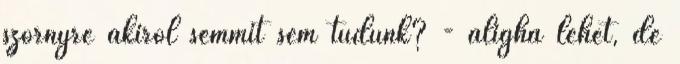
szörnyre akiről semmit sem tudunk? - aligha lehet, de